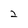
Character: 2